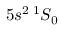
5 s ^ { 2 } \, ^ { 1 } S _ { 0 }